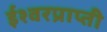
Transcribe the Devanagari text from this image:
ईश्वरप्राप्‍ती